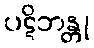
ပဋိဘန္တု